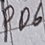
Text: PD6